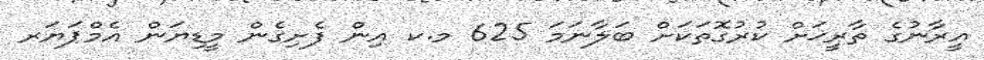
އީރާނުގެ ތާރީޚަށް ކުރުގޮތަކަށް ބަލާނަމަ 625 މ.ކ އިން ފެށިގެން މީޑިޔަން އެމްޕަޔަރ